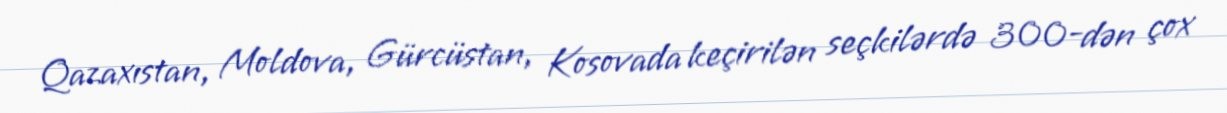
Qazaxıstan, Moldova, Gürcüstan, Kosovada keçirilən seçkilərdə 300-dən çox